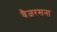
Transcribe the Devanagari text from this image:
वैजरसना